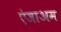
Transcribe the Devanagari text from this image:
एंजाअम